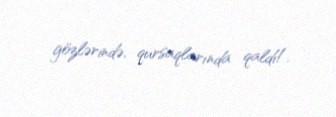
gözlərində, qursaqlarında qaldı!.